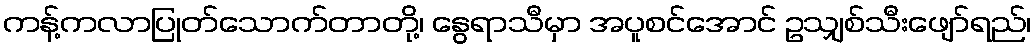
ကန့်ကလာပြုတ်သောက်တာတို့၊ နွေရာသီမှာ အပူစင်အောင် ဥသျှစ်သီးဖျော်ရည်၊